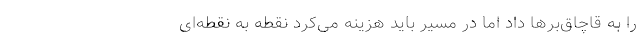
را به قاچاق‌برها داد اما در مسیر باید هزینه می‌کرد نقطه به نقطه‌ای